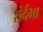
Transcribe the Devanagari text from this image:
संर्दभा